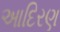
આદિરણ